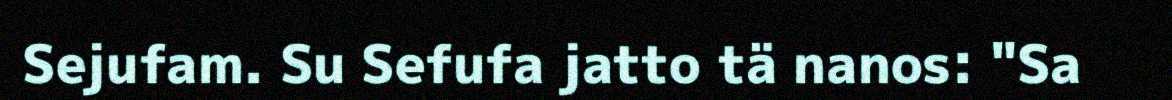
Sejufam. Su Sefufa jatto tä nanos: "Sa